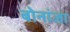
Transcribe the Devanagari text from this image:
बोनांजा